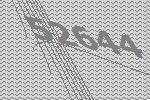
52644